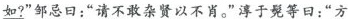
如?”邹忌日：”请不敢杂贤以不肖。”淳于髡等日：”方